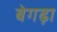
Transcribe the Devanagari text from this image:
बेगढ़ा